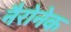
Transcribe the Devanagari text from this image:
नैरोनेक